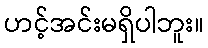
ဟင့်အင်းမရှိပါဘူး။